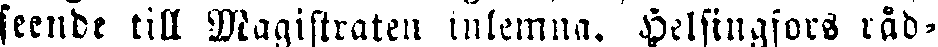
seende till Magistraten inlemna. Helsingfors råd-